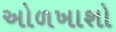
અોળખાશો